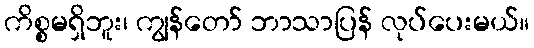
ကိစ္စမရှိဘူး၊ ကျွန်တော် ဘာသာပြန် လုပ်ပေးမယ်။